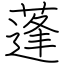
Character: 蓬